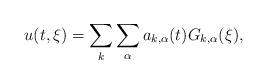
LaTeX: \begin{align*}u(t,\xi)=\sum_k\sum_{\alpha} a_{k,\alpha}(t)G_{k,\alpha}(\xi),\end{align*}